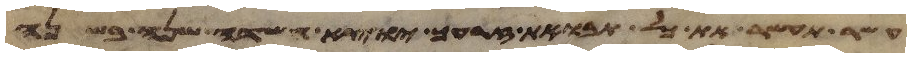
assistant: עשר תעשר את כל תבואת זרעך יוצא השדה שנה בשנה